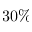
3 0 \%